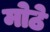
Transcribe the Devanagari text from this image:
मोेठे